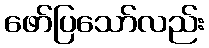
ဖော်ပြသော်လည်း